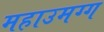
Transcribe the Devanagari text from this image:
महाउमग्ग